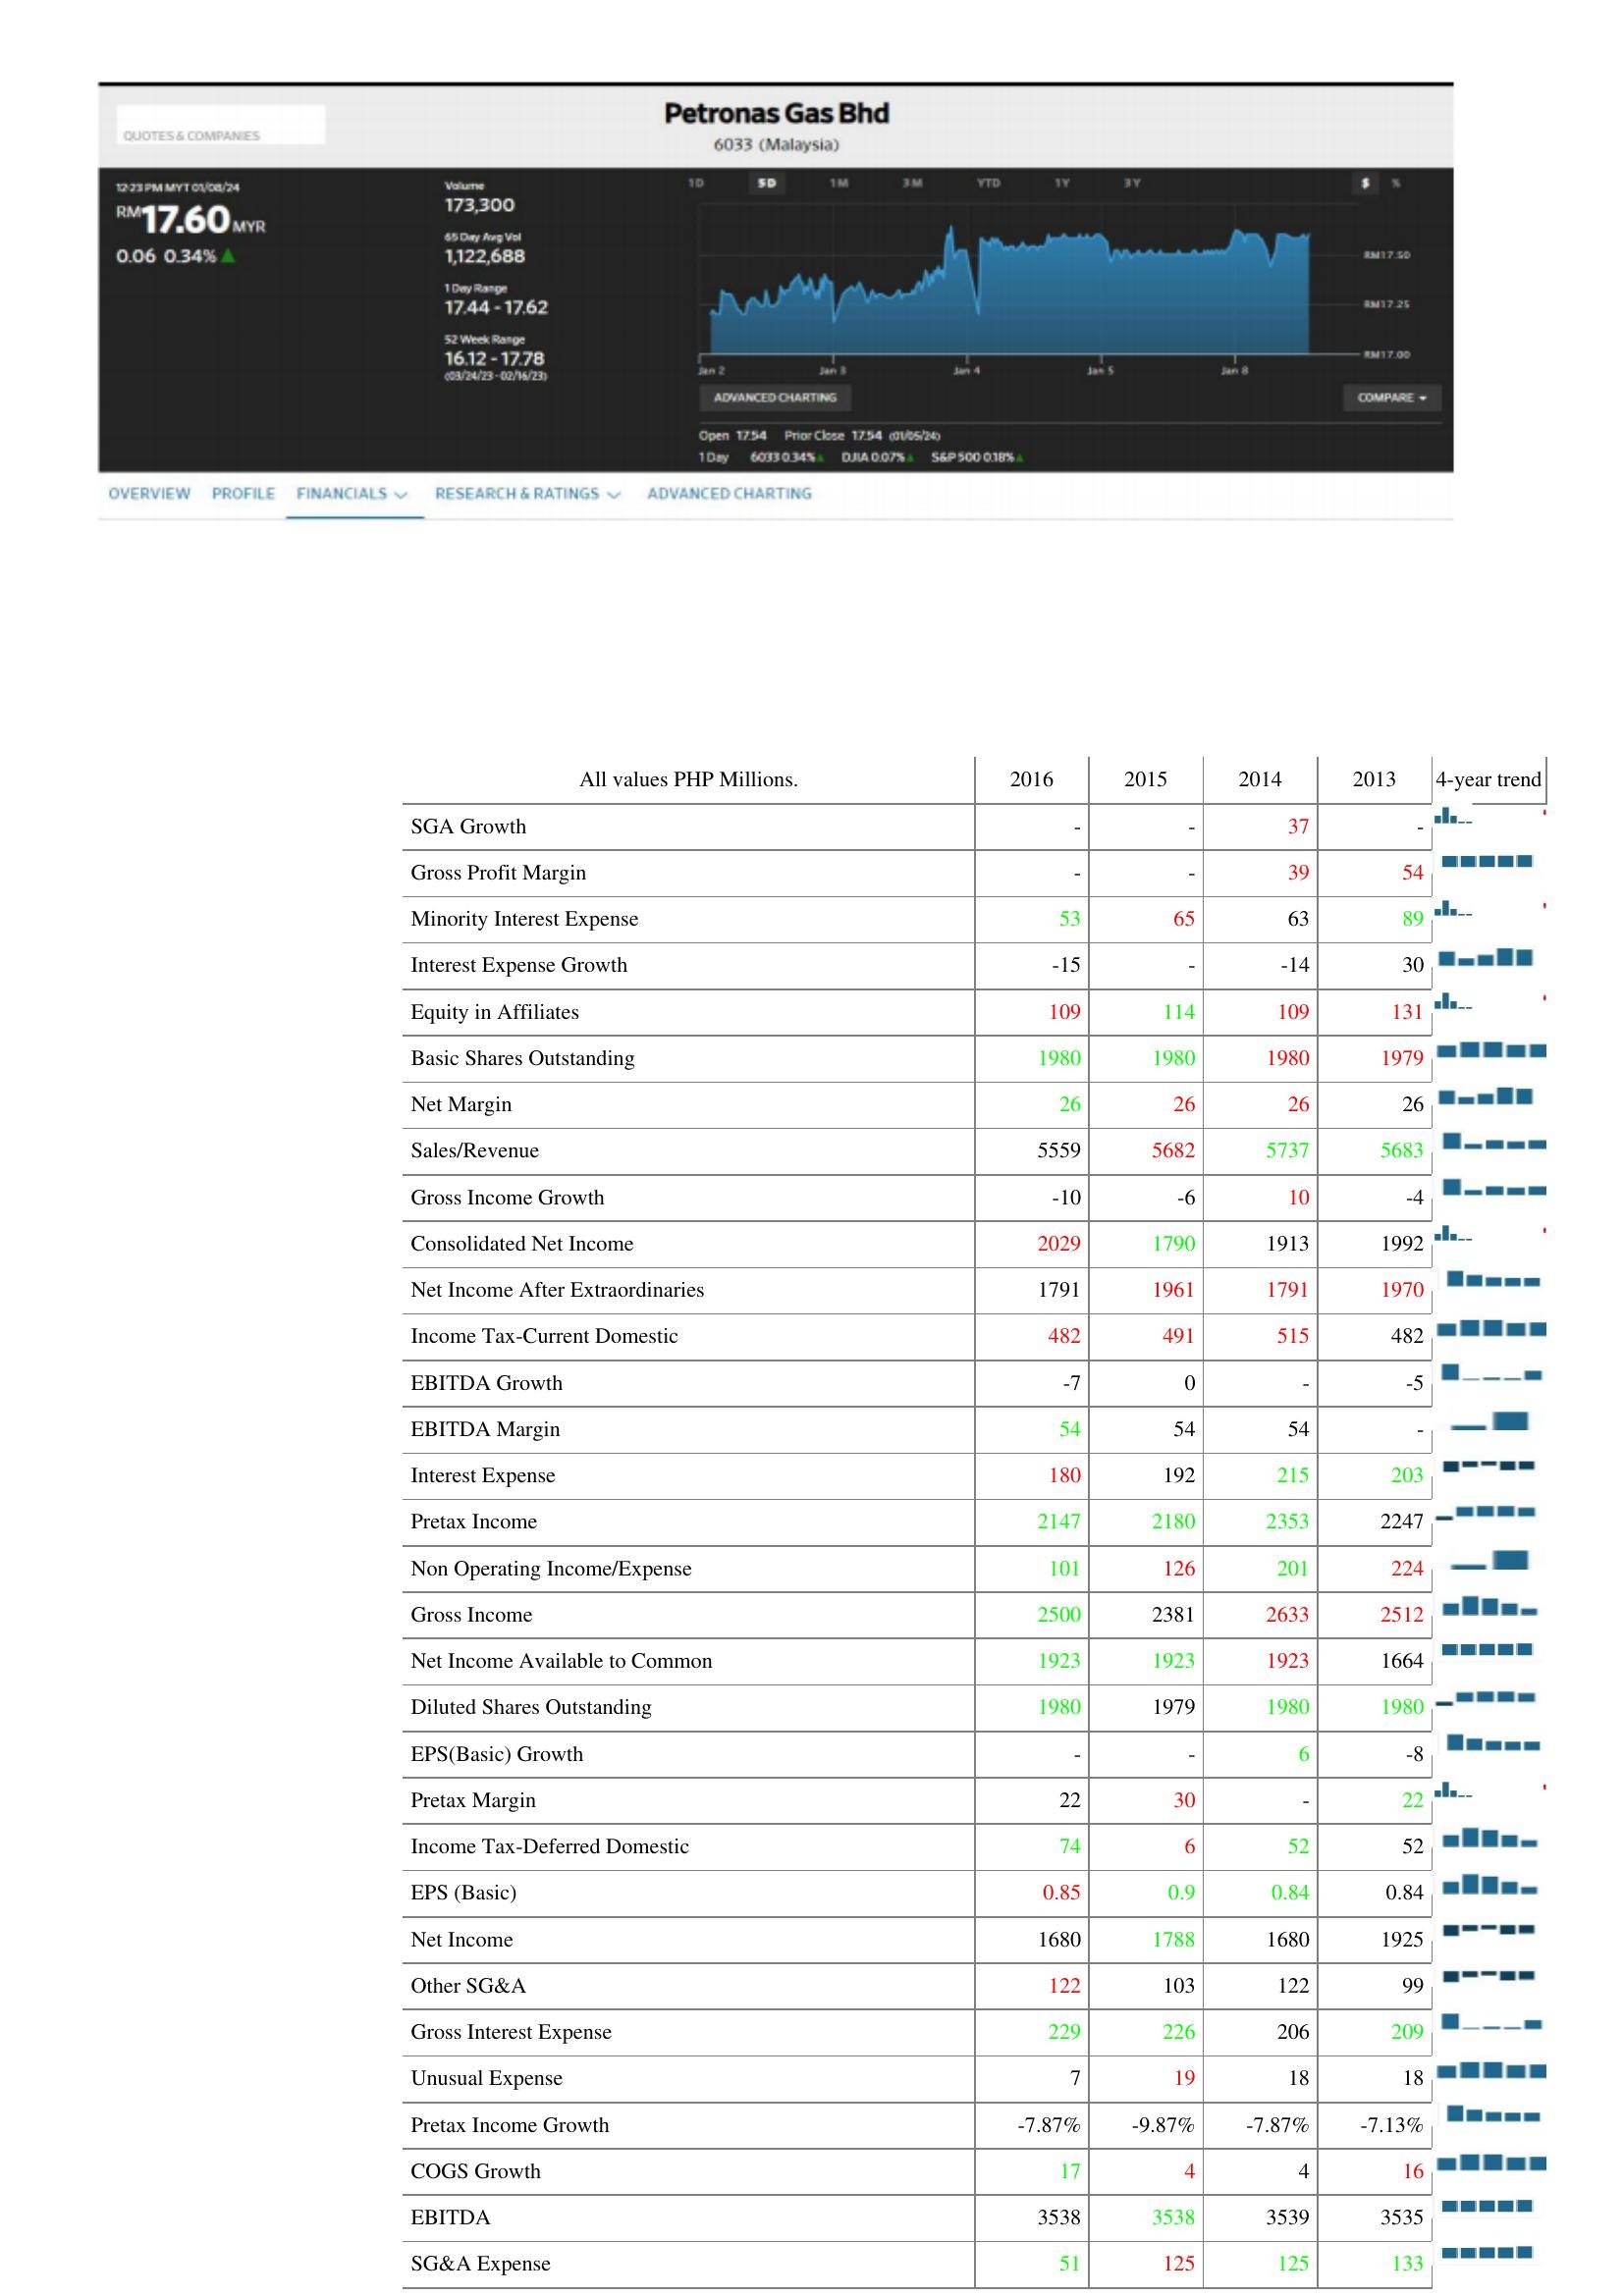
2016: : SGA Growth: -
Gross Profit Margin: -
Minority Interest Expense: 53
Interest Expense Growth: -15
Equity in Affiliates: 109
Basic Shares Outstanding: 1980
Net Margin: 26
Sales/Revenue: 5559
Gross Income Growth: -10
Consolidated Net Income: 2029
Net Income After Extraordinaries: 1791
Income Tax-Current Domestic: 482
EBITDA Growth: -7
EBITDA Margin: 54
Interest Expense: 180
Pretax Income: 2147
Non Operating Income/Expense: 101
Gross Income: 2500
Net Income Available to Common: 1923
Diluted Shares Outstanding: 1980
EPS(Basic) Growth: -
Pretax Margin: 22
Income Tax-Deferred Domestic: 74
EPS (Basic): 0.85
Net Income: 1680
Other SG&A: 122
Gross Interest Expense: 229
Unusual Expense: 7
Pretax Income Growth: -7.87%
COGS Growth: 17
EBITDA: 3538
SG&A Expense: 51
2015: : SGA Growth: -
Gross Profit Margin: -
Minority Interest Expense: 65
Interest Expense Growth: -
Equity in Affiliates: 114
Basic Shares Outstanding: 1980
Net Margin: 26
Sales/Revenue: 5682
Gross Income Growth: -6
Consolidated Net Income: 1790
Net Income After Extraordinaries: 1961
Income Tax-Current Domestic: 491
EBITDA Growth: 0
EBITDA Margin: 54
Interest Expense: 192
Pretax Income: 2180
Non Operating Income/Expense: 126
Gross Income: 2381
Net Income Available to Common: 1923
Diluted Shares Outstanding: 1979
EPS(Basic) Growth: -
Pretax Margin: 30
Income Tax-Deferred Domestic: 6
EPS (Basic): 0.9
Net Income: 1788
Other SG&A: 103
Gross Interest Expense: 226
Unusual Expense: 19
Pretax Income Growth: -9.87%
COGS Growth: 4
EBITDA: 3538
SG&A Expense: 125
2014: : SGA Growth: 37
Gross Profit Margin: 39
Minority Interest Expense: 63
Interest Expense Growth: -14
Equity in Affiliates: 109
Basic Shares Outstanding: 1980
Net Margin: 26
Sales/Revenue: 5737
Gross Income Growth: 10
Consolidated Net Income: 1913
Net Income After Extraordinaries: 1791
Income Tax-Current Domestic: 515
EBITDA Growth: -
EBITDA Margin: 54
Interest Expense: 215
Pretax Income: 2353
Non Operating Income/Expense: 201
Gross Income: 2633
Net Income Available to Common: 1923
Diluted Shares Outstanding: 1980
EPS(Basic) Growth: 6
Pretax Margin: -
Income Tax-Deferred Domestic: 52
EPS (Basic): 0.84
Net Income: 1680
Other SG&A: 122
Gross Interest Expense: 206
Unusual Expense: 18
Pretax Income Growth: -7.87%
COGS Growth: 4
EBITDA: 3539
SG&A Expense: 125
2013: : SGA Growth: -
Gross Profit Margin: 54
Minority Interest Expense: 89
Interest Expense Growth: 30
Equity in Affiliates: 131
Basic Shares Outstanding: 1979
Net Margin: 26
Sales/Revenue: 5683
Gross Income Growth: -4
Consolidated Net Income: 1992
Net Income After Extraordinaries: 1970
Income Tax-Current Domestic: 482
EBITDA Growth: -5
EBITDA Margin: -
Interest Expense: 203
Pretax Income: 2247
Non Operating Income/Expense: 224
Gross Income: 2512
Net Income Available to Common: 1664
Diluted Shares Outstanding: 1980
EPS(Basic) Growth: -8
Pretax Margin: 22
Income Tax-Deferred Domestic: 52
EPS (Basic): 0.84
Net Income: 1925
Other SG&A: 99
Gross Interest Expense: 209
Unusual Expense: 18
Pretax Income Growth: -7.13%
COGS Growth: 16
EBITDA: 3535
SG&A Expense: 133